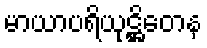
မာယာပရိယုဋ္ဌိတေန